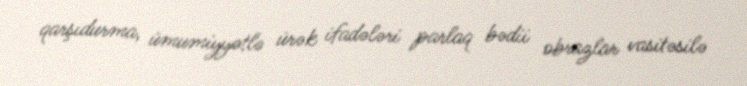
qarşıdurma, ümumiyyətlə ürək ifadələri parlaq bədii obrazlar vasitəsilə